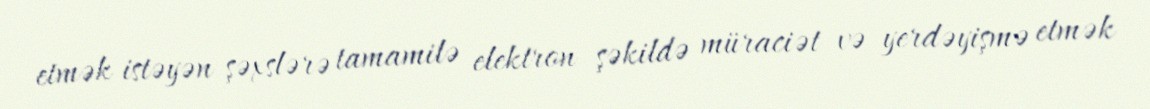
etmək istəyən şəxslərə tamamilə elektron şəkildə müraciət və yerdəyişmə etmək